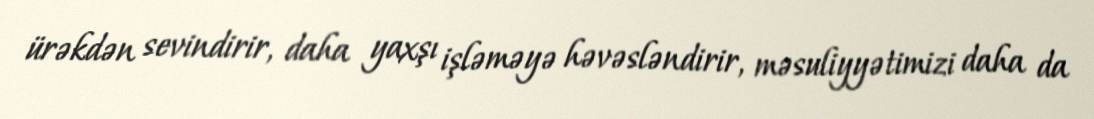
ürəkdən sevindirir, daha yaxşı işləməyə həvəsləndirir, məsuliyyətimizi daha da